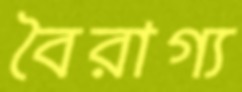
বৈরাগ্য